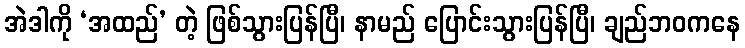
အဲဒါကို ‘အထည်’ တဲ့ ဖြစ်သွားပြန်ပြီ၊ နာမည် ပြောင်းသွားပြန်ပြီ၊ ချည်ဘဝကနေ